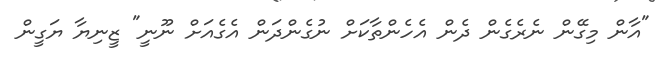
"އާން މިގޭން ނެރެގެން ދެން އެހެންތާކަށް ނުގެންދަން އެގެއަށް ނޫނީ" ޒީނިޔާ ޔަގީން